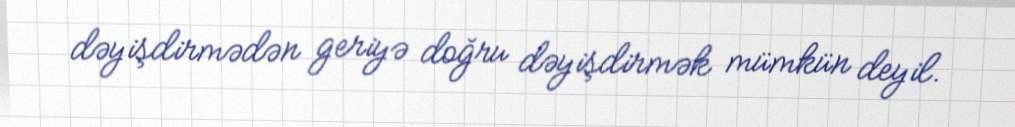
dəyişdirmədən geriyə doğru dəyişdirmək mümkün deyil.